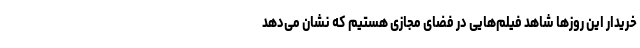
خریدار این روزها شاهد فیلم‌هایی در فضای مجازی هستیم که نشان می‌دهد